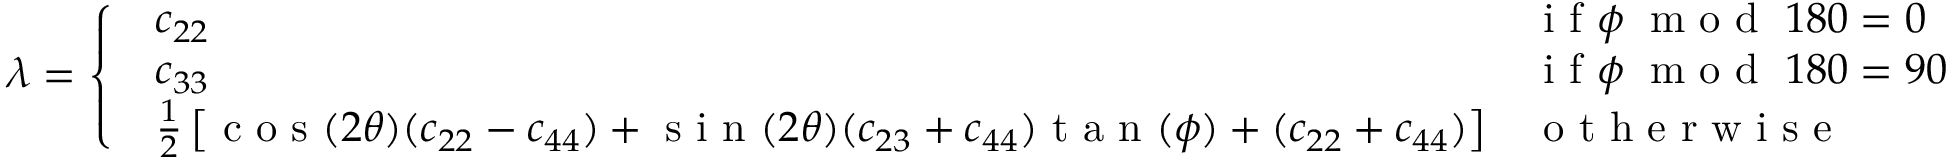
\lambda = \left\{ \begin{array} { l l } { \begin{array} { l l } { c _ { 2 2 } } & { \textrm { i f } \phi \; \textrm { m o d } \; 1 8 0 = 0 } \\ { c _ { 3 3 } } & { \textrm { i f } \phi \; \textrm { m o d } \; 1 8 0 = 9 0 } \\ { \frac { 1 } { 2 } \left[ \textrm { c o s } ( 2 \theta ) ( c _ { 2 2 } - c _ { 4 4 } ) + \textrm { s i n } ( 2 \theta ) ( c _ { 2 3 } + c _ { 4 4 } ) \textrm { t a n } ( \phi ) + ( c _ { 2 2 } + c _ { 4 4 } ) \right] } & { \textrm { o t h e r w i s e } } \end{array} } \end{array} \right.